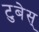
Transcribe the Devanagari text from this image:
टुबेस्